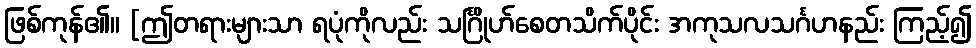
ဖြစ်ကုန်၏။ [ဤတရားများသာ ရပုံကိုလည်း သင်္ဂြိုဟ်စေတသိက်ပိုင်း အကုသလသင်္ဂဟနည်း ကြည့်၍